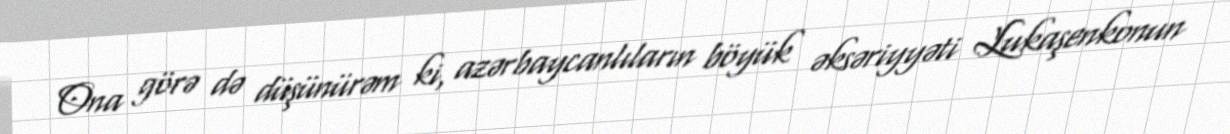
Ona görə də düşünürəm ki, azərbaycanlıların böyük əksəriyyəti Lukaşenkonun